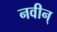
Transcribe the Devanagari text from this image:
नवीन्